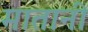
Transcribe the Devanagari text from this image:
मातानी